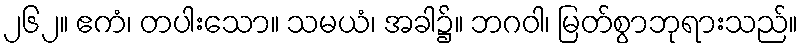
၂၆၂။ ဧကံ၊ တပါးသော။ သမယံ၊ အခါ၌။ ဘဂဝါ၊ မြတ်စွာဘုရားသည်။